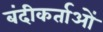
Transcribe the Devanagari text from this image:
बंदीकर्ताओं